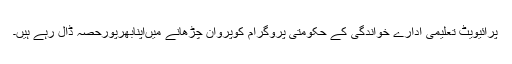
پرائیویٹ تعلیمی ادارے خواندگی کے حکومتی پروگرام کوپروان چڑھانے میںاپنابھرپورحصہ ڈال رہے ہیں۔